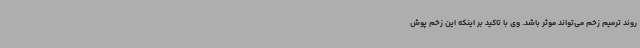
روند ترمیم زخم می‌تواند موثر باشد. وی با تاکید بر اینکه این زخم پوش